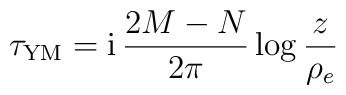
\tau_{\rm YM}  = {\rm i} \,\frac{2M-N}{2 \pi} \log \frac{z}{\rho_e}